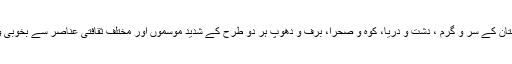
وہ بلوچستان کے سر و گرم ، دشت و دریا، کوہ و صحرا، برف و دھوپ ہر دو طرح کے شدید موسموں اور مختلف ثقافتی عناصر سے بخوبی واقف تھا۔